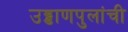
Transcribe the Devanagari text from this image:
उड्डाणपुलांची